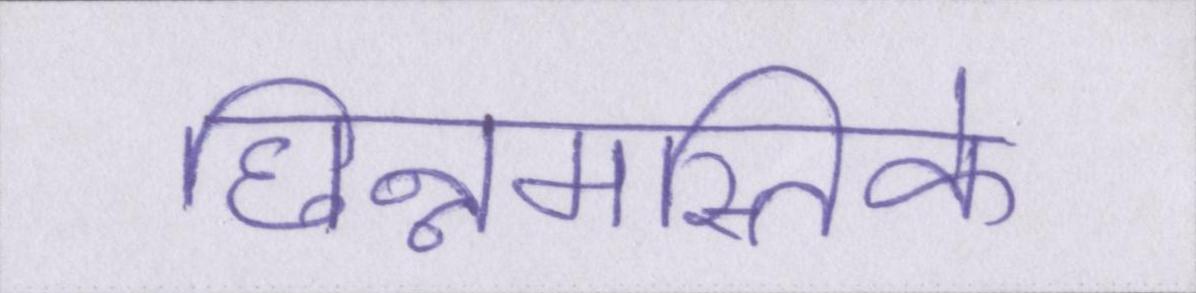
छिन्नमस्तिके